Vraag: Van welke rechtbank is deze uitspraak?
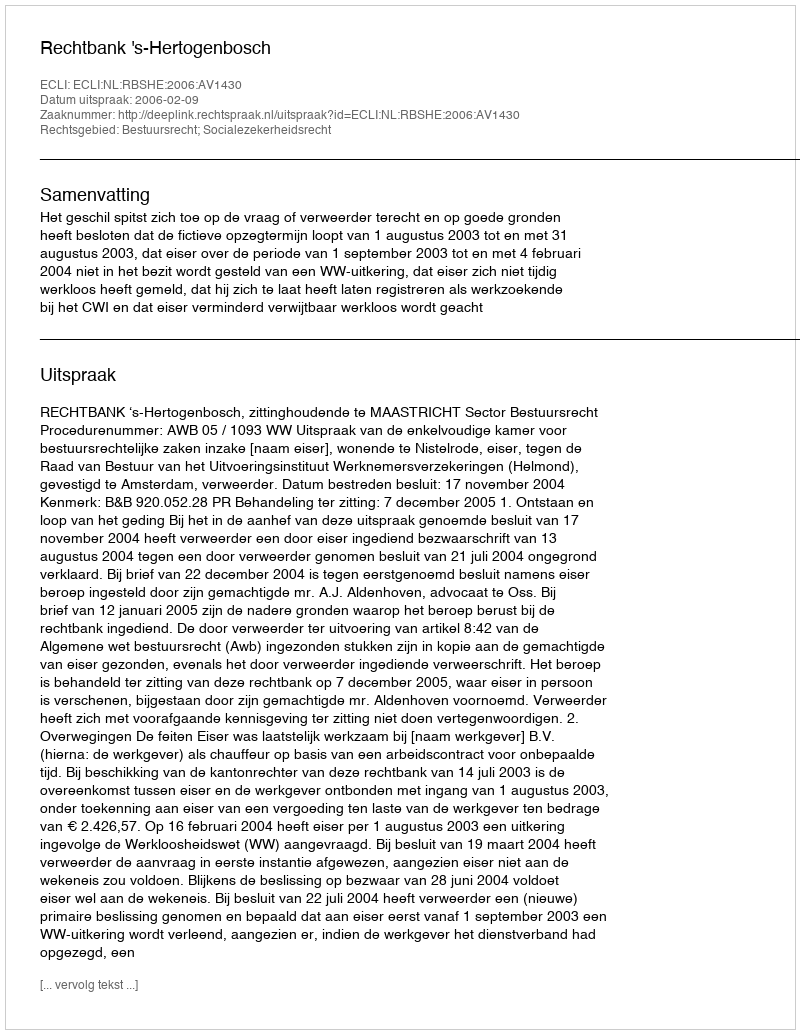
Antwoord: Rechtbank 's-Hertogenbosch